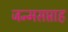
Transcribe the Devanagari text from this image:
जन्मसप्ताह